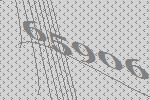
65906